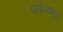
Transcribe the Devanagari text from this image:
वर्सोव्याहून